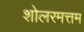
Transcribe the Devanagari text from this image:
शोलरमत्तम